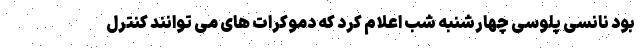
بود نانسی پلوسی چهارشنبه شب اعلام کرد که دموکرات های می توانند کنترل